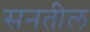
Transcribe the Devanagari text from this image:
सनतील